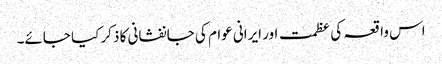
اس واقعہ کی عظمت اور ایرانی عوام کی جانفشانی کا ذکر کیا جائے۔